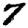
Digit: 7